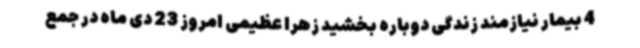
4 بیمار نیازمند زندگی دوباره بخشید زهرا عظیمی امروز 23 دی ماه در جمع